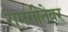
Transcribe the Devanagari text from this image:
रामगीतेवर